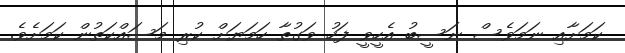
ކަމަށާއި ނަމަވެސް ނަސީބު އެހީވީ ފަހު ވަގުތާ ހަމަޔަށް ކުރި މަސައްކަތުން ކަމަށެވެ.